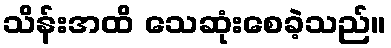
သိန်းအထိ သေဆုံးစေခဲ့သည်။